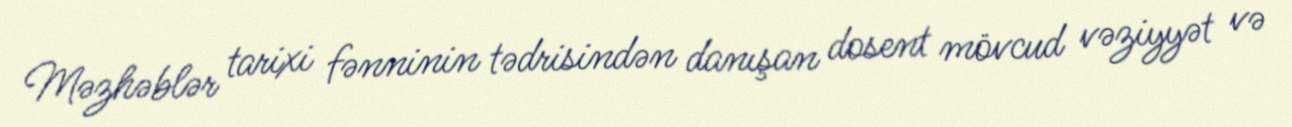
Məzhəblər tarixi fənninin tədrisindən danışan dosent mövcud vəziyyət və